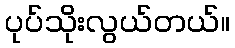
ပုပ်သိုးလွယ်တယ်။